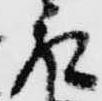
取